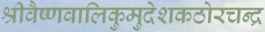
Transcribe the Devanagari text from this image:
श्रीवैष्णवालिकुमुदेशकठोरचन्द्र